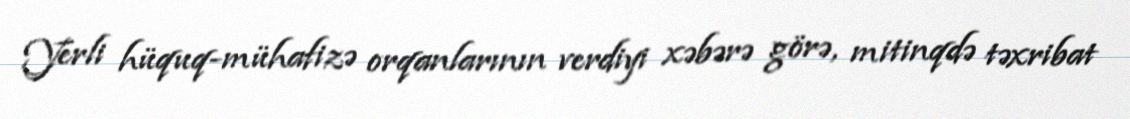
Yerli hüquq-mühafizə orqanlarının verdiyi xəbərə görə, mitinqdə təxribat